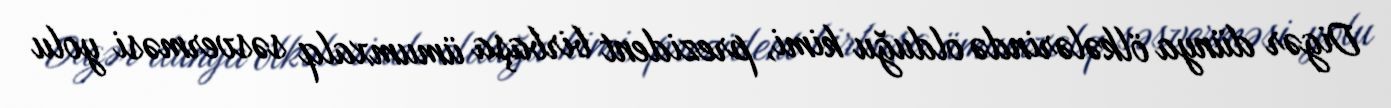
Digər dünya ölkələrində olduğu kimi, prezident birbaşa ümumxalq səsverməsi yolu